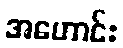
အဟောင်း